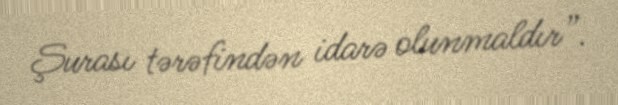
Şurası tərəfindən idarə olunmaldır”.